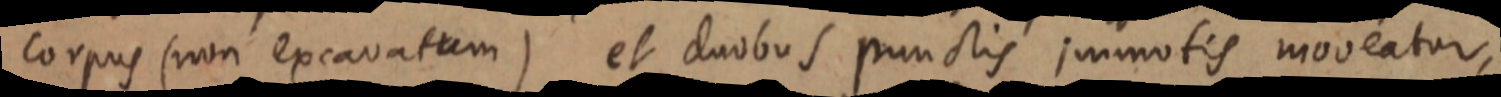
corpus (non excavatum) et duobus punctis immotis moveatur,